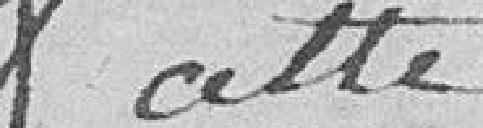
cette